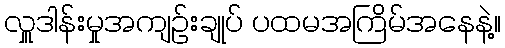
လှူဒါန်းမှုအကျဉ်းချုပ် ပထမအကြိမ်အနေနဲ့။